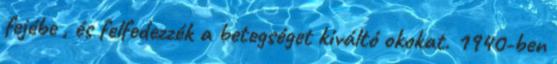
fejébe , és felfedezzék a betegséget kiváltó okokat. 1940-ben